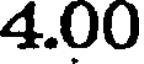
4.00